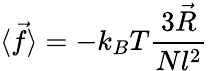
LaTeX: \langle{\vec{f}}\rangle=-k_{B}T{\frac{3{\vec{R}}}{Nl^{2}}}